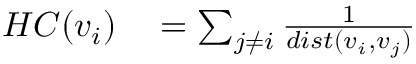
\begin{array} { r l } { H C ( v _ { i } ) } & { { } = \sum _ { j \neq i } { \frac { 1 } { d i s t ( v _ { i } , v _ { j } ) } } } \end{array}